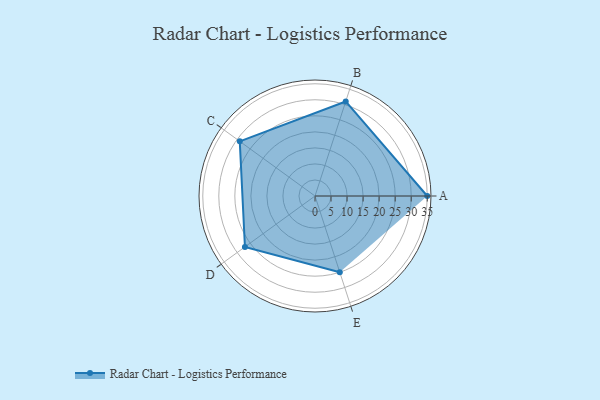
{"axis": {"x": "Skill", "y": "Score"}, "legend": ["Profile"], "data": [{"x": "A", "y": 35.0, "type": "Profile"}, {"x": "B", "y": 31.0, "type": "Profile"}, {"x": "C", "y": 29.0, "type": "Profile"}, {"x": "D", "y": 27.0, "type": "Profile"}, {"x": "E", "y": 25.0, "type": "Profile"}]}